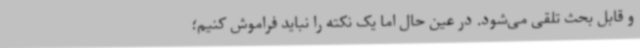
و قابل بحث تلقی می‌شود. در عین حال اما یک نکته را نباید فراموش کنیم؛